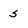
Character: s